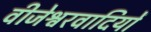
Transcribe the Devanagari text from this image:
वीजेश्वरवादियों